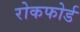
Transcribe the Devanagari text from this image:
रोकफोर्ड